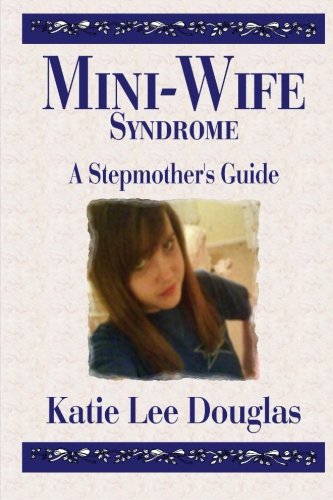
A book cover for Mini-Wife Syndrome - A Stepmother's Guide; Katie Lee Douglas; Parenting & Relationships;